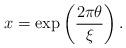
LaTeX: \begin{align*}x=\exp\left(\frac{2\pi\theta}{\xi}\right) .\end{align*}